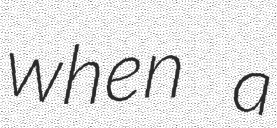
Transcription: when a